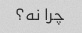
چرا نه؟